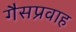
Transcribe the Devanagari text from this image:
गैसप्रवाह